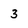
Character: 3